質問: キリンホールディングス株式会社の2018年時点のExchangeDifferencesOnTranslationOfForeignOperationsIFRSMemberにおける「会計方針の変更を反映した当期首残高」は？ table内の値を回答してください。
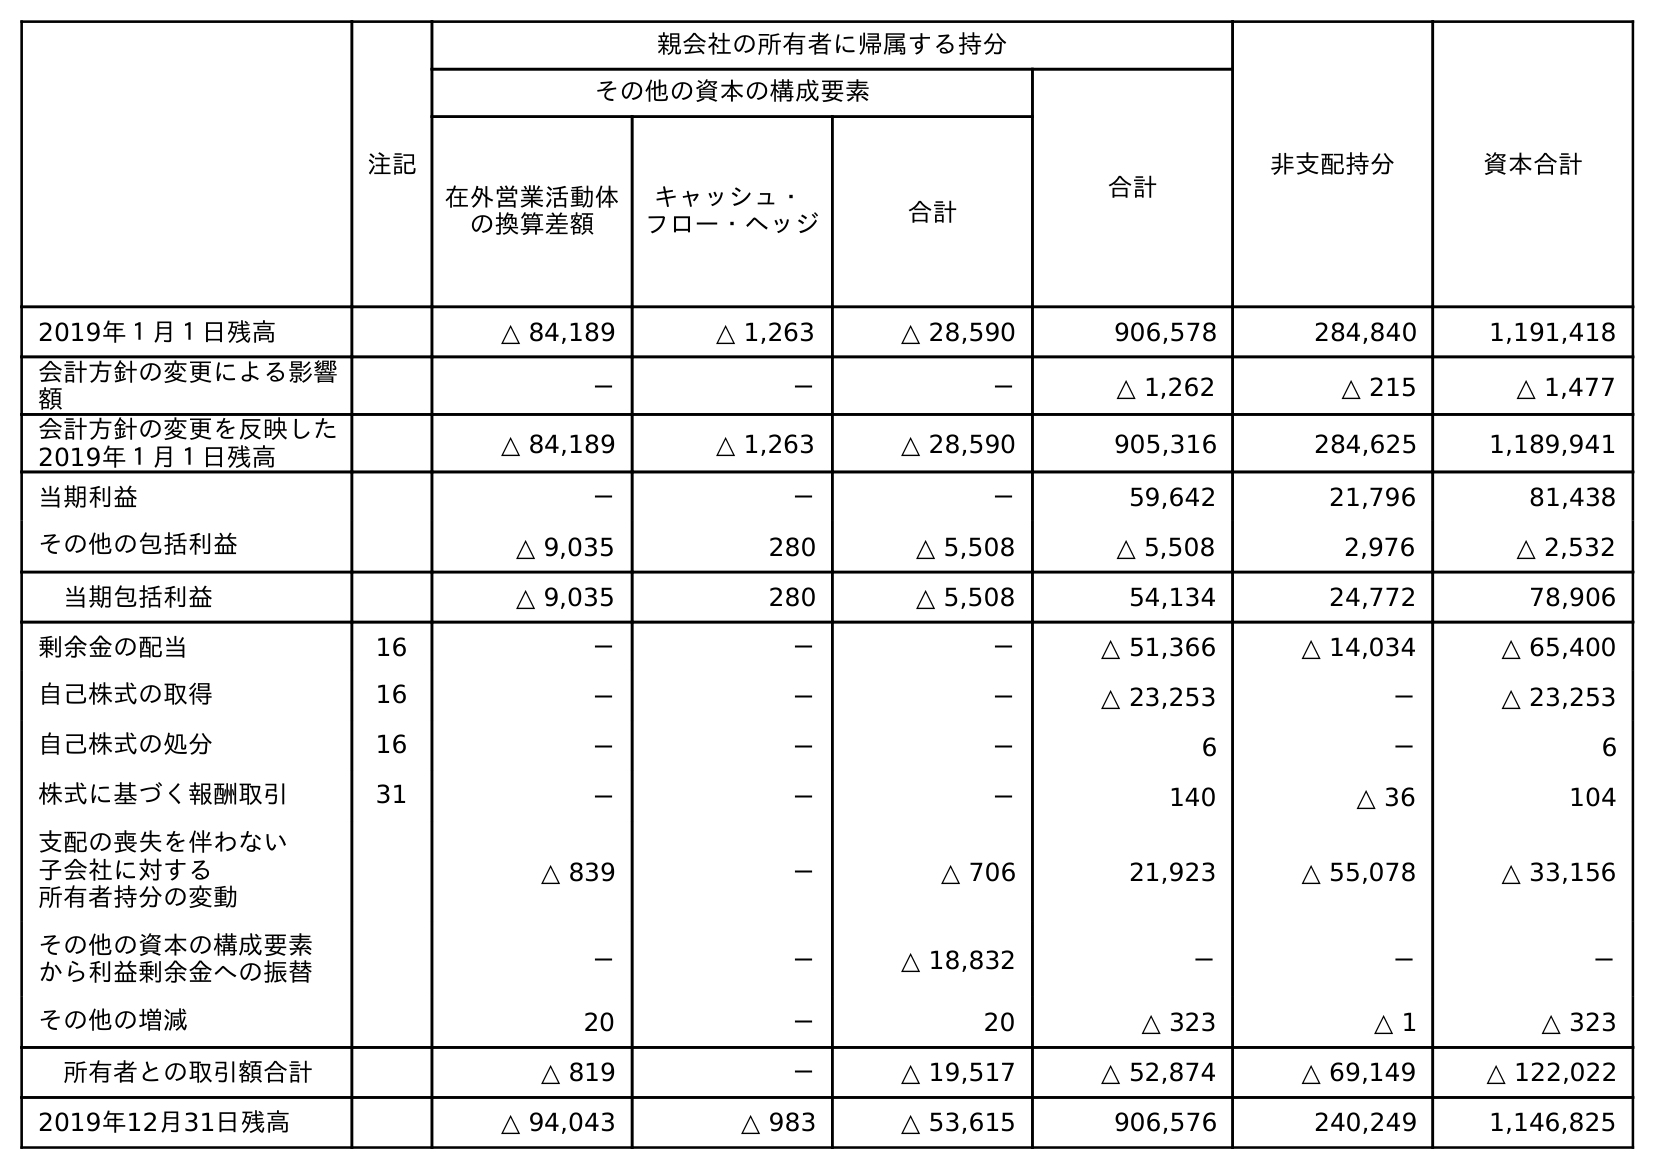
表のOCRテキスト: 注記 親会社の所有者に帰属する持分 非支配持分 資本合計 その他の資本の構成要素 合計 在外営業活動体 の換算差額 キャッシュ・ フロー・ヘッジ 合計 2019年１月１日残高 △ 84,189 △ 1,263 △ 28,590 906,578 284,840 1,191,418 会計方針の変更による影響 額 － － － △ 1,262 △ 215 △ 1,477 会計方針の変更を反映した 2019年１月１日残高 △ 84,189 △ 1,263 △ 28,590 905,316 284,625 1,189,941 当期利益 － － － 59,642 21,796 81,438 その他の包括利益 △ 9,035 280 △ 5,508 △ 5,508 2,976 △ 2,532 当期包括利益 △ 9,035 280 △ 5,508 54,134 24,772 78,906 剰余金の配当 16 － － － △ 51,366 △ 14,034 △ 65,400 自己株式の取得 16 － － － △ 23,253 － △ 23,253 自己株式の処分 16 － － － 6 － 6 株式に基づく報酬取引 31 － － － 140 △ 36 104 支配の喪失を伴わない 子会社に対する 所有者持分の変動 △ 839 － △ 706 21,923 △ 55,078 △ 33,156 その他の資本の構成要素 から利益剰余金への振替 － － △ 18,832 － － － その他の増減 20 － 20 △ 323 △ 1 △ 323 所有者との取引額合計 △ 819 － △ 19,517 △ 52,874 △ 69,149 △ 122,022 2019年12月31日残高 △ 94,043 △ 983 △ 53,615 906,576 240,249 1,146,825
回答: △84,189